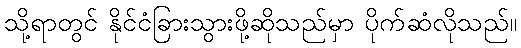
သို့ရာတွင် နိုင်ငံခြားသွားဖို့ဆိုသည်မှာ ပိုက်ဆံလိုသည်။